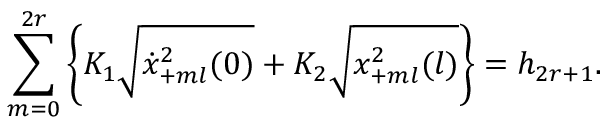
\sum _ { m = 0 } ^ { 2 r } \left\{ K _ { 1 } \sqrt { \dot { x } _ { + m l } ^ { 2 } ( 0 ) } + K _ { 2 } \sqrt { x _ { + m l } ^ { 2 } ( l ) } \right\} = h _ { 2 r + 1 } .